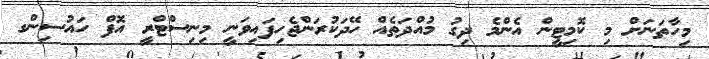
މިހާތަނަށް މި ކޮމިޓީން އެންމެ ދިގު މުއްދަތެއް ހޭދަކުރަންޖެހިފައިވަނީ މިނިސްޓްރީ އޮފް ހައުސިންގ